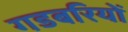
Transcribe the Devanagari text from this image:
गडबरियों